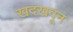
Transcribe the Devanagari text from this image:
खदखदून